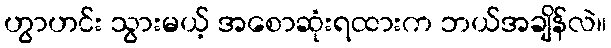
ဟွာဟင်း သွားမယ့် အစောဆုံးရထားက ဘယ်အချိန်လဲ။